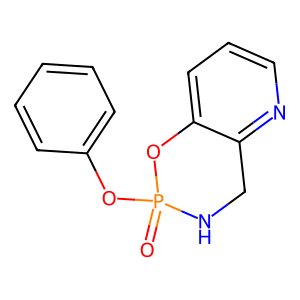
SMILES: O=P1(Oc2ccccc2)NCc2ncccc2O1
Inhibits HIV replication: No